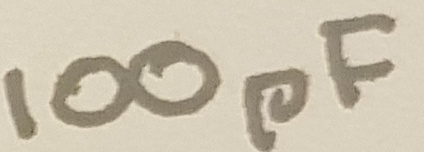
Text: 100pF